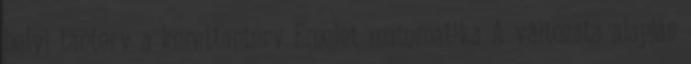
helyi tanterv a kerettanterv Emelet matematika A változata alapján